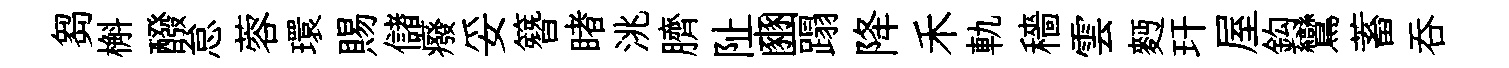
芻槲醱怠蓉環賜儲癈妥簪睹洮臍阯豳蹋降禾軌穡雲麪玕屋鈎鸞蓄呑